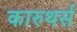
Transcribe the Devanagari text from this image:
कारुथर्स